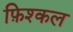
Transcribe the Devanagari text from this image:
फ़िश्कल